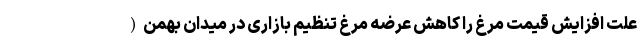
علت افزایش قیمت مرغ را کاهش عرضه مرغ تنظیم بازاری در میدان بهمن (